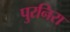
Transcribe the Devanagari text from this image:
पुरनिरा